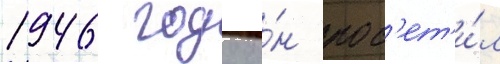
1946 году о́н пос'ет'и́л